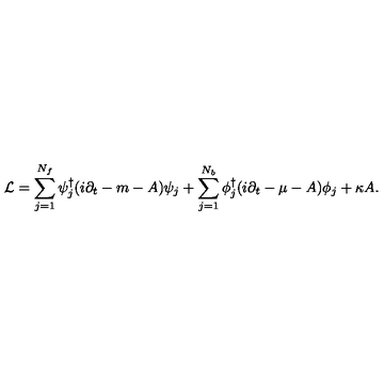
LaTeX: { \cal L } = \sum _ { j = 1 } ^ { N _ { f } } \psi _ { j } ^ { \dagger } ( i \partial _ { t } - m - A ) \psi _ { j } + \sum _ { j = 1 } ^ { N _ { b } } \phi _ { j } ^ { \dagger } ( i \partial _ { t } - \mu - A ) \phi _ { j } + \kappa A .